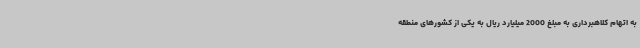
به اتهام کلاهبرداری به مبلغ 2000 میلیارد ریال به یکی از کشورهای منطقه